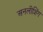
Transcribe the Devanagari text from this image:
अनलीशिंग